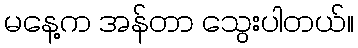
မနေ့က အန်တာ သွေးပါတယ်။